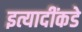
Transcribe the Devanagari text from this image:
इत्यादींकडे